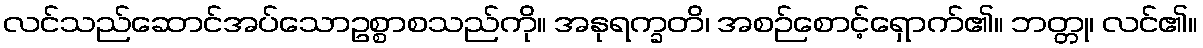
လင်သည်ဆောင်အပ်သောဥစ္စာစသည်ကို။ အနုရက္ခတိ၊ အစဉ်စောင့်ရှောက်၏။ ဘတ္တု၊ လင်၏။